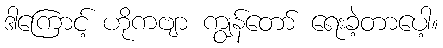
ဒါကြောင့် ဟိုကဗျာ ကျွန်တော် ရေးခဲ့တာပေါ့။